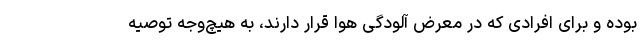
بوده و برای افرادی که در معرض آلودگی هوا قرار دارند، به هیچ‌وجه توصیه